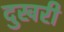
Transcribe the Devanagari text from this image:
दुखरी